Virumaa_algkoolid, lk 9
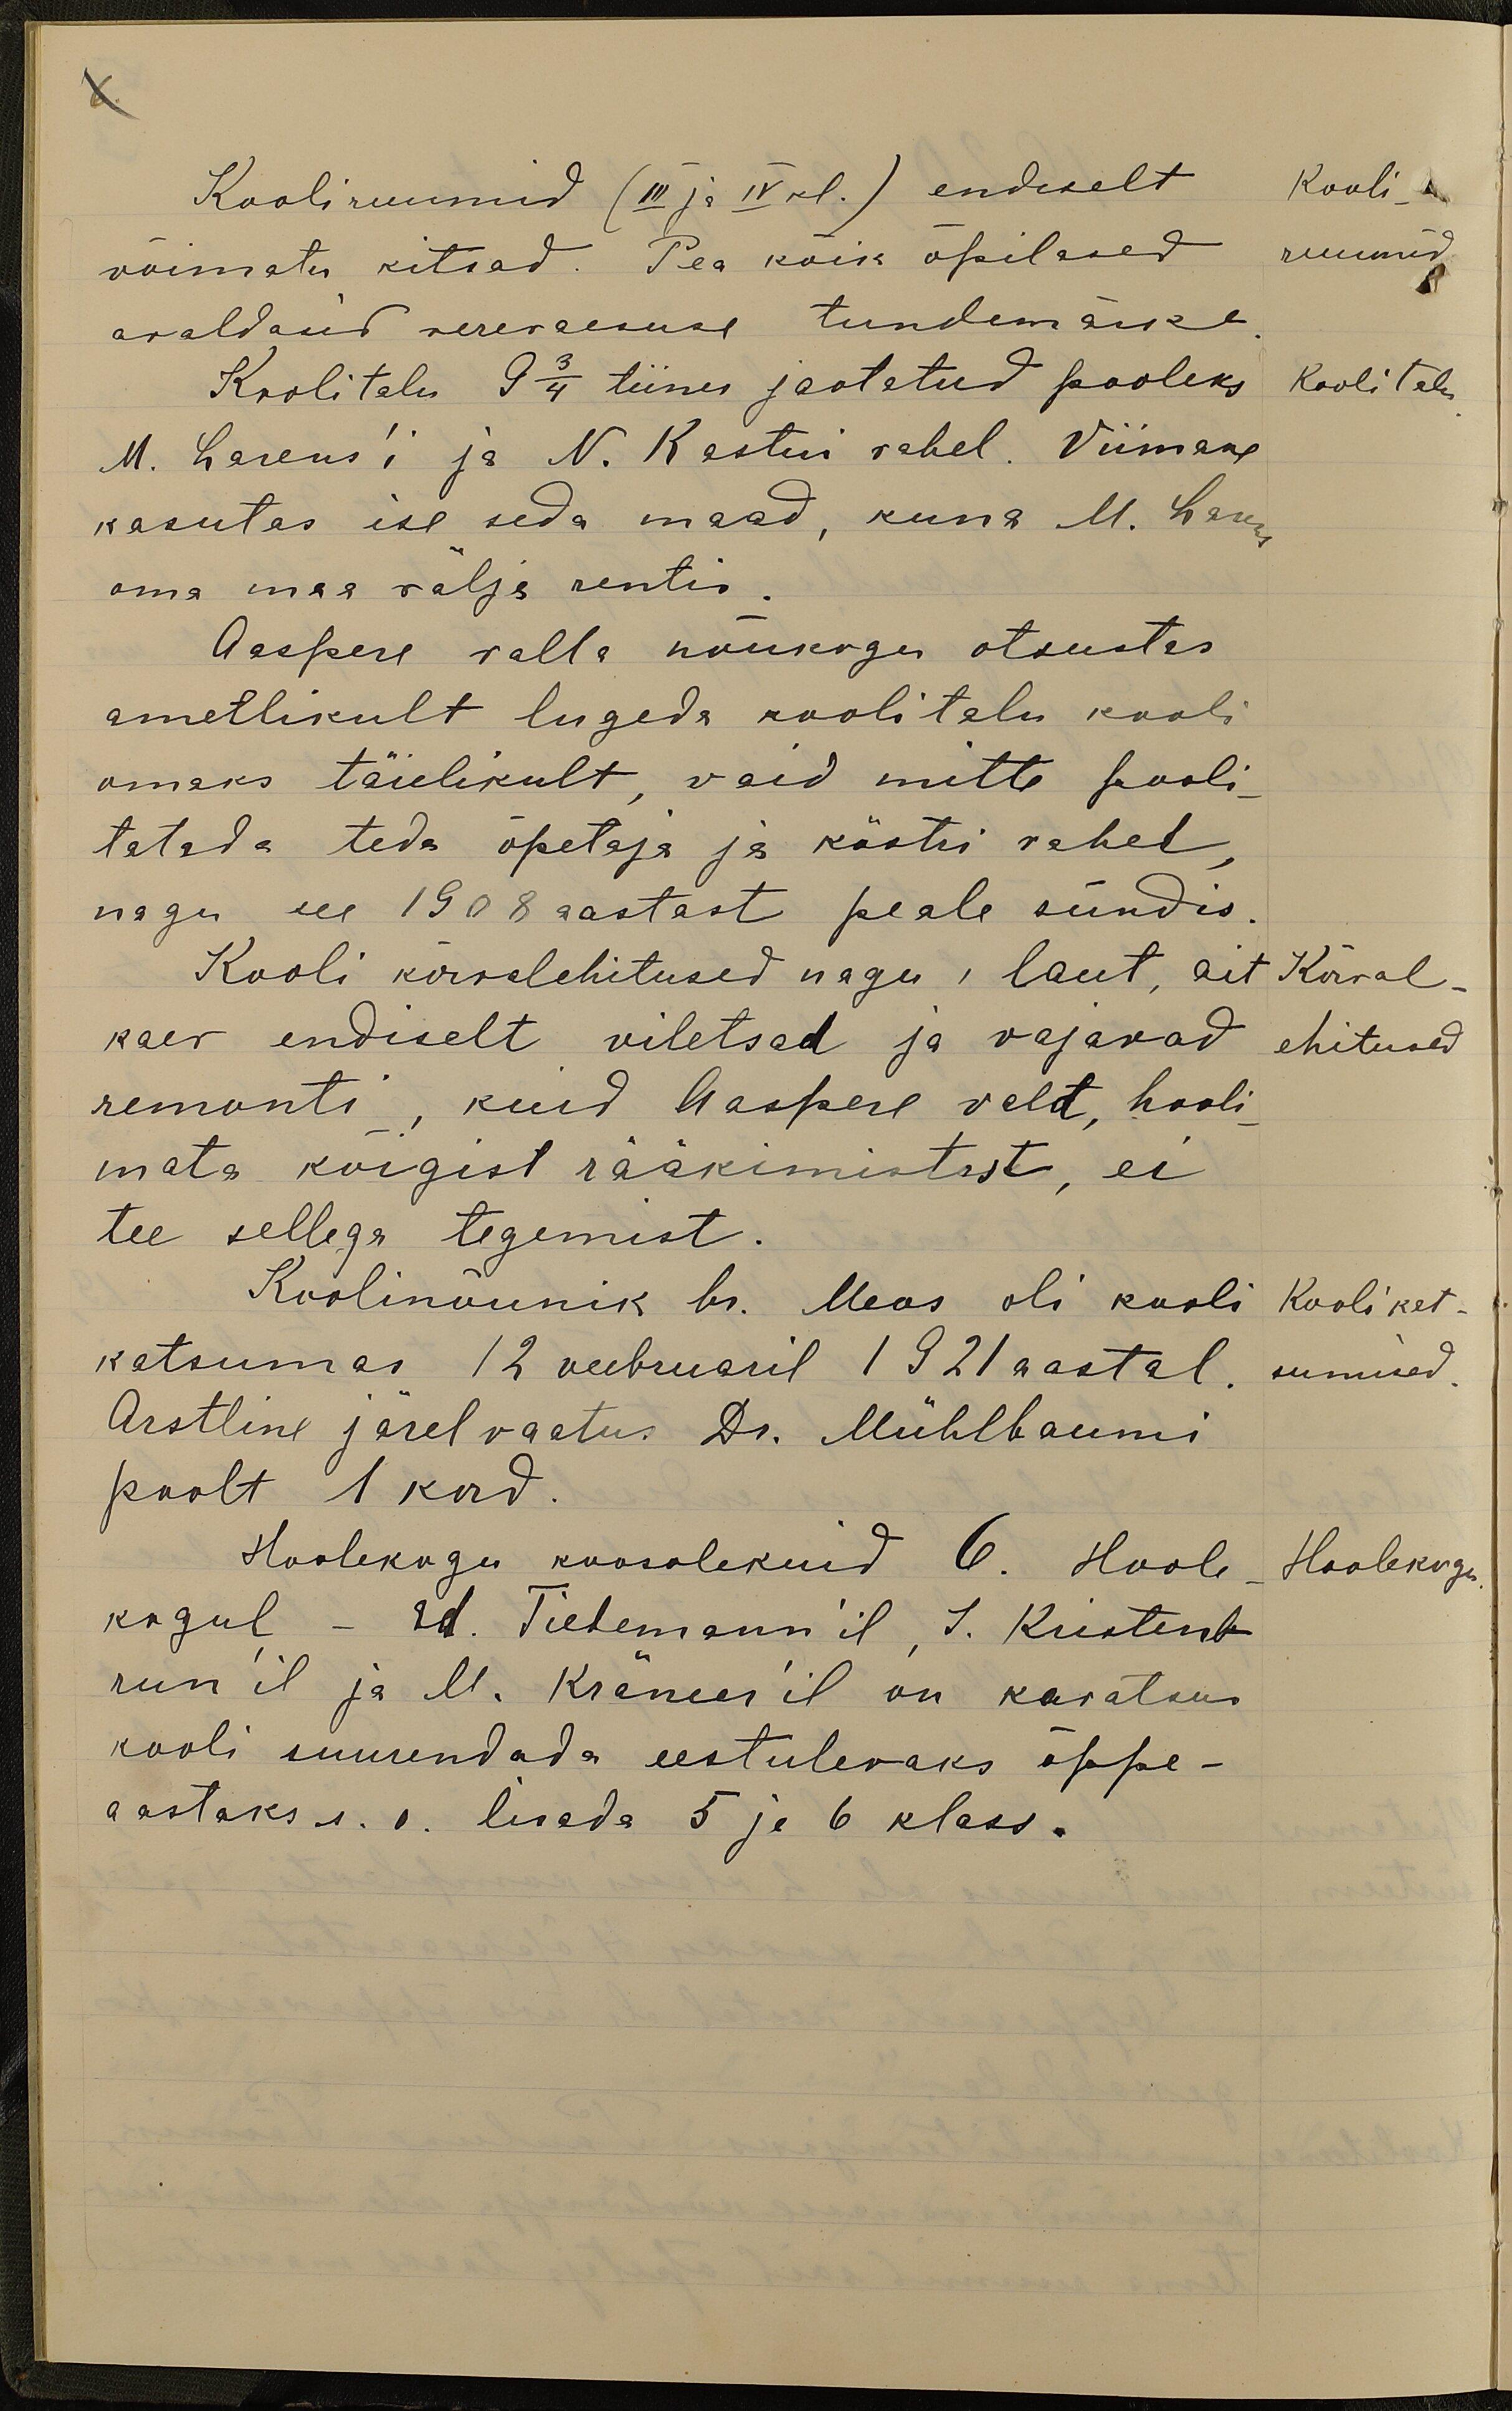
6.
Kooliruumid (III ja IV kl.) endiselt
Kooli
wõimatu kitsad. Pea kõik õpilased
ruumid
avaldasid verevaesuse tundemärke
Koolitalu 9 3/4 tiinu jaotatud pooleks
kooli talu.
M. Larens'i ja N. Kastni vahel. Viimane
kasutas ise seda maad, kuna M. Larens
oma maa välja rentis.
Aaspere valla nõukogu otsustas
ametlikult lugeda koolitalu kooli
omaks täielikult, vaid mitte pooli-
tatada teda õpetaja ja köstri vahel
nagu see 1908 aastast peale sündis
Kooli kõrvalehitused nagu, laut, ait
Kõrval
kaev endiselt viletsad ja vajavad
ehitused
remonti, kuid Aaspere vald, hooli-
mata kõigist rääkimistest, ei
tee sellega tegemist.
Koolinõunik hr. Meos oli kooli
Kooli kat-
katsumas 12 veebruaril 1921 aastal.
sumised
Arstline järel vaatus Dr. Mühlbaumi
poolt 1 kord
Hoolekogu koosolekuid 6. Hoole
Hoolekogu
kogul - Ed. Tietemann'il, J. Kristenb-
run'il ja M. Krämer'il on kavatsus
kooli suurendada eestulevaks õppe-
aastaks s.o. lisada 5 ja 6 klass.